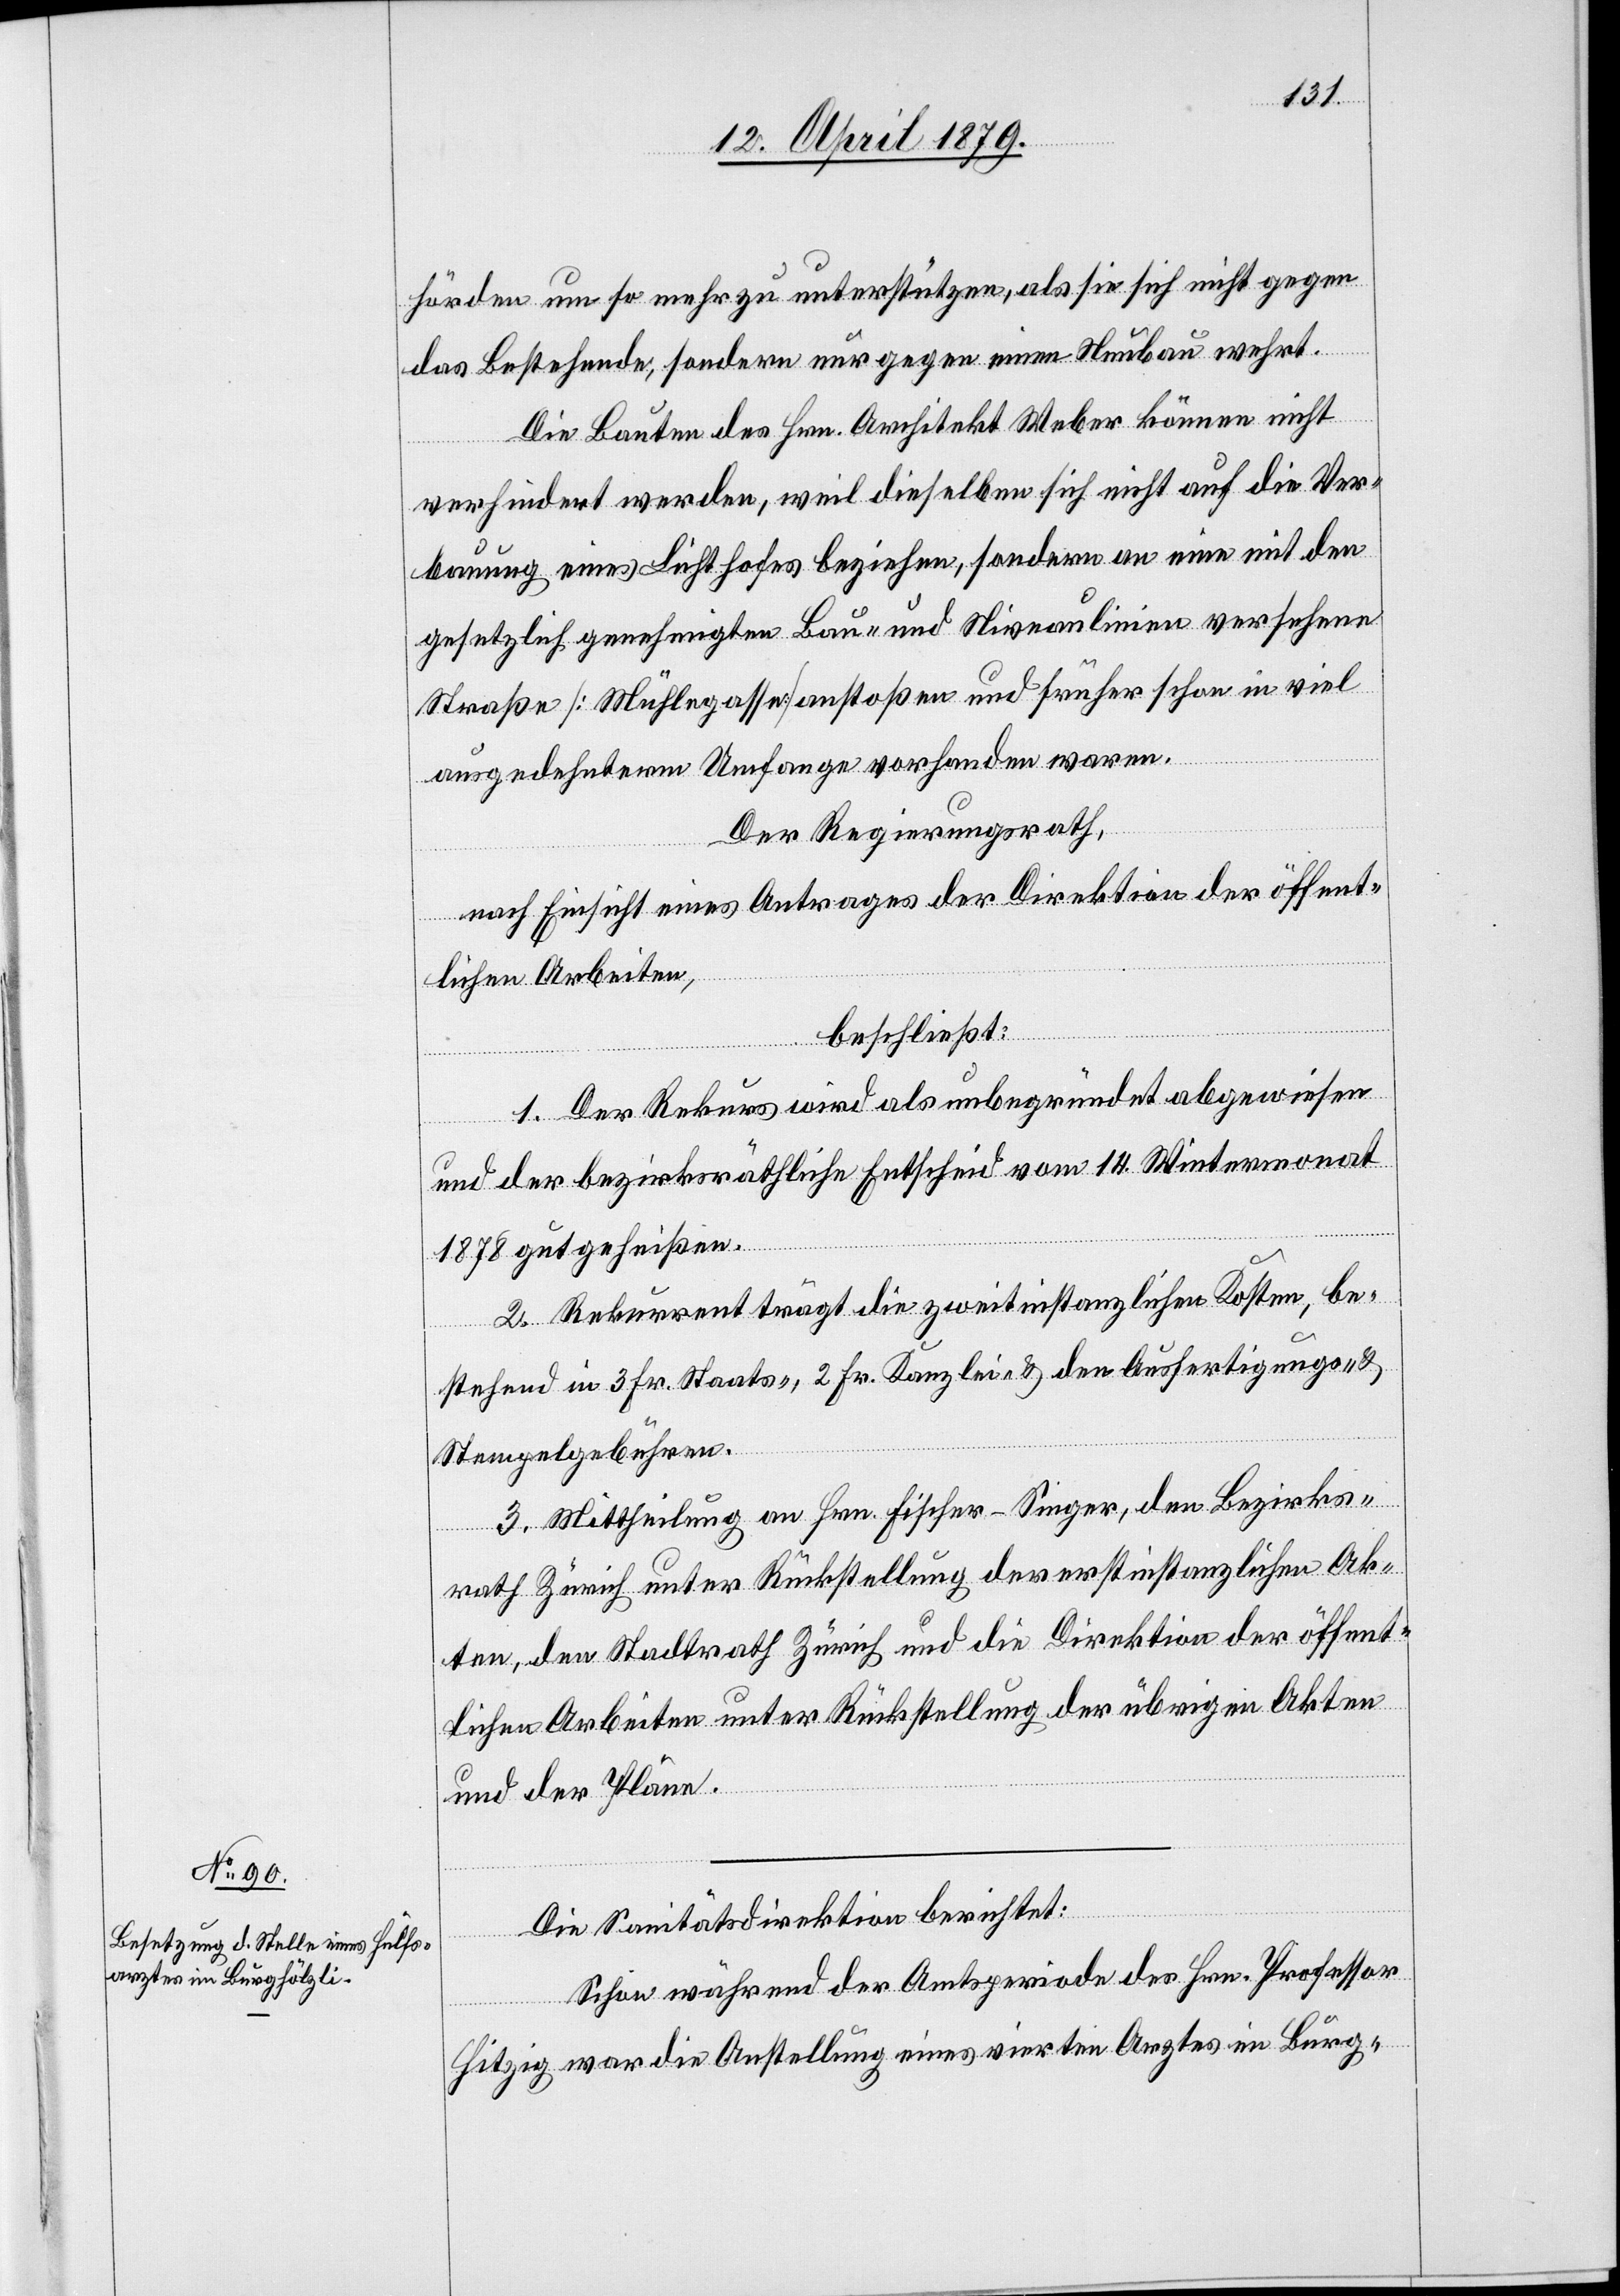
hörden um so mehr zu unterstützen, als sie sich nicht gegen
das Bestehende, sondern nur gegen einen Neubau wehrt.
Die Bauten des Hrn. Architekt Weber können nicht
verhindert werden, weil dieselben sich nicht auf die Ver¬
bauung eines Lichthofes beziehen, sondern an eine mit den
gesetzlich genehmigten Bau- und Niveaulinien versehene
Straße [Mühlegasse] anstoßen und früher schon in viel
ausgedehnterm Umfange vorhanden waren.
Der Regierungsrath,
nach Einsicht eines Antrages der Direktion der öffent¬
lichen Arbeiten,
beschließt:
1. Der Rekurs wird als unbegründet abgewiesen
und der bezirksräthliche Entscheid vom 14. Wintermonat
1878 gutgeheißen.
2. Rekurrent trägt die zweitinstanzlichen Kosten, be¬
stehend in 3 Fr. Staats-, 2 Fr. Kanzlei- & den Ausfertigungs- &
Stempelgebühren.
3. Mittheilung an Hrn. Fischer-Singer, den Bezirks¬
rath Zürich unter Rückstellung der erstinstanzlichen Ak¬
ten, den Stadtrath Zürich und die Direktion der öffent¬
lichen Arbeiten unter Rückstellung der übrigen Akten
und der Pläne.
Die Sanitätsdirektion berichtet:
Schon während der Amtsperiode des Hrn. Professor
Hitzig war die Anstellung eines vierten Arztes im Burg-